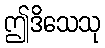
ဤဒိသေသု